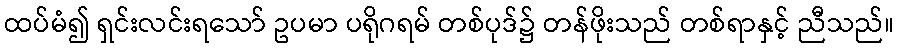
ထပ်မံ၍ ရှင်းလင်းရသော် ဥပမာ ပရိုဂရမ် တစ်ပုဒ်၌ တန်ဖိုးသည် တစ်ရာနှင့် ညီသည်။